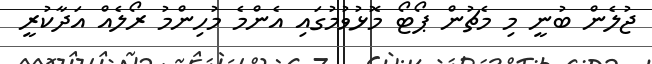
ޖުލެން ބުނީ މި މެޗުން ޕޯޓޯ މޮޅުވުމުގައި އެންމެ މުހިންމު ރޯލެއް އަދާކުރީ